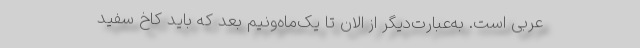
عربی است. به‌عبارت‌دیگر از الان تا یک‌ماه‌و‌نیم بعد که باید کاخ سفید